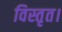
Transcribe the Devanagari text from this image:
विस्तृत।